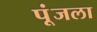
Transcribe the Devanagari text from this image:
पूंजला